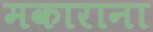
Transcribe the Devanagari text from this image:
मकाराना